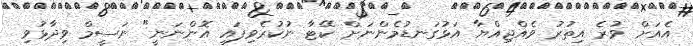
އެއަށް ވުރެ އިތުރު ވެއްޖިއްޔާ އަޅުގަނޑުމެންނަށް ކޭޓާ ނުކުރެވިފައި އޮންނަނީ" ނަސީމް ވިދާޅުވި